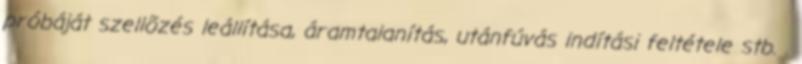
próbáját szellõzés leállítása, áramtalanítás, utánfúvás indítási feltétele stb. .